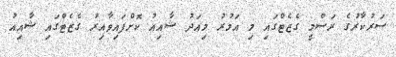
ސަރުކާރުގެ ރަސްމީ ގެޒެޓްގައި މި އަމުރު މިއަދު ޝާއިއު ކޮށްފައިވާއިރު ގެޒެޓްގައި ޝާއިއު